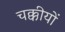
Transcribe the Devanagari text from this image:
चक्कीयों